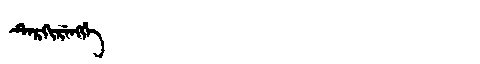
Manchu: ᡨᡝᡵᡴᡳᡵᡝᠩᡤᡝ
Romanization: TERKIRENGGE